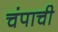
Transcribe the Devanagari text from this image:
चंपाची